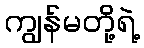
ကျွန်မတို့ရဲ့